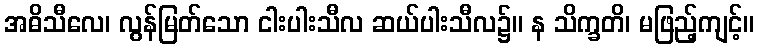
အဓိသီလေ၊ လွန်မြတ်သော ငါးပါးသီလ ဆယ်ပါးသီလ၌။ န သိက္ခတိ၊ မဖြည့်ကျင့်။